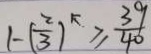
1 - ( \frac { 2 } { 3 } ) ^ { k } \geq \frac { 3 9 } { 4 0 }